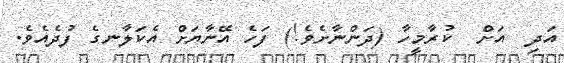
އަދި  އަށް  ކުރާމީހާ (ދަންނާށެވެ!) ފަހެ އޭނާޔަށް އެކަލާނގެ ފުދެއެވެ.